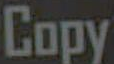
Copy